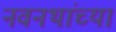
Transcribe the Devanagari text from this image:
नवनथांच्या